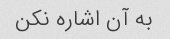
به آن اشاره نکن